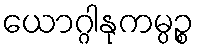
ယောဂ္ဂါနုကမ္ပဉ္စ